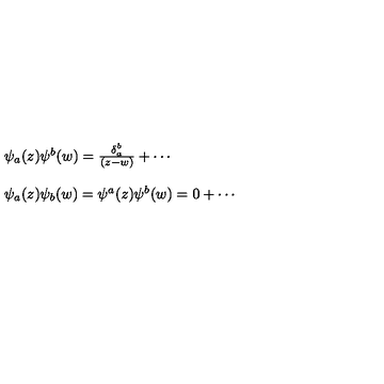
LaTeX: \begin{array} { l } { \psi _ { a } ( z ) \psi ^ { b } ( w ) = \frac { \delta _ { a } ^ { b } } { ( z - w ) } + \cdots } \\ { \ } \\ { \psi _ { a } ( z ) \psi _ { b } ( w ) = \psi ^ { a } ( z ) \psi ^ { b } ( w ) = 0 + \cdots } \\ \end{array}